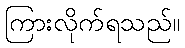
ကြားလိုက်ရသည်။